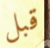
قبل